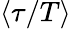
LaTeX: \langle\tau/T\rangle